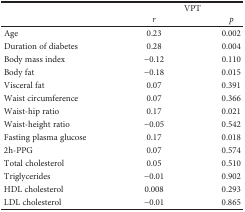
| <ROWSPAN=2>  | <COLSPAN=2> VPT |
 | r | p |
 | --- | --- | --- |
 | Age | 0.23 | 0.002 |
 | Duration of diabetes | 0.28 | 0.004 |
 | Body mass index | −0.12 | 0.110 |
 | Body fat | −0.18 | 0.015 |
 | Visceral fat | 0.07 | 0.391 |
 | Waist circumference | 0.07 | 0.366 |
 | Waist-hip ratio | 0.17 | 0.021 |
 | Waist-height ratio | −0.05 | 0.542 |
 | Fasting plasma glucose | 0.17 | 0.018 |
 | 2h-PPG | 0.07 | 0.574 |
 | Total cholesterol | 0.05 | 0.510 |
 | Triglycerides | −0.01 | 0.902 |
 | HDL cholesterol | 0.008 | 0.293 |
 | LDL cholesterol | −0.01 | 0.865 |